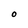
Character: O